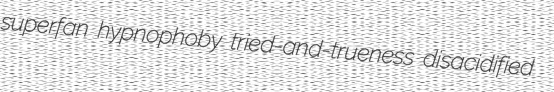
superfan hypnophoby tried-and-trueness disacidified